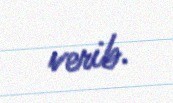
verib.